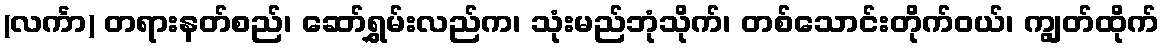
(လင်္ကာ) တရားနတ်စည်၊ ဆော်ရွှမ်းလည်က၊ သုံးမည်ဘုံသိုက်၊ တစ်သောင်းတိုက်ဝယ်၊ ကျွတ်ထိုက်